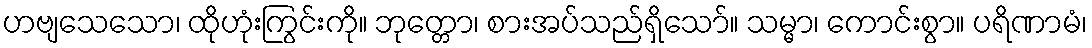
ဟဗျသေသော၊ ထိုဟုံးကြွင်းကို။ ဘုတ္တော၊ စားအပ်သည်ရှိသော်။ သမ္မာ၊ ကောင်းစွာ။ ပရိဏာမံ၊